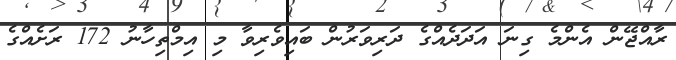
ރާއްޖޭން އެންމެ ގިނަ އަދަދެއްގެ ދަރިވަރުން ބައިވެރިވާ މި އިމްތިހާނު 172 ރަށެއްގެ